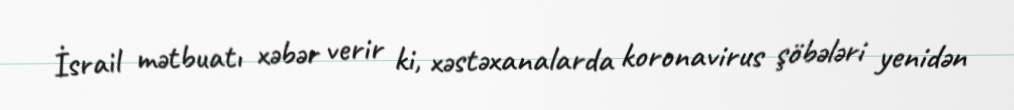
İsrail mətbuatı xəbər verir ki, xəstəxanalarda koronavirus şöbələri yenidən